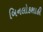
બિનલોકશાહી